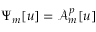
\Psi _ { m } [ u ] = \mathcal { A } _ { m } ^ { p } [ u ]